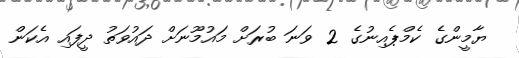
ޔާމީންގެ ކެމްޕެއިނުގެ 2 ވަނަ ބުރަށް މައުމޫނަށް ދައުވަތު ދީފައި އެކަން